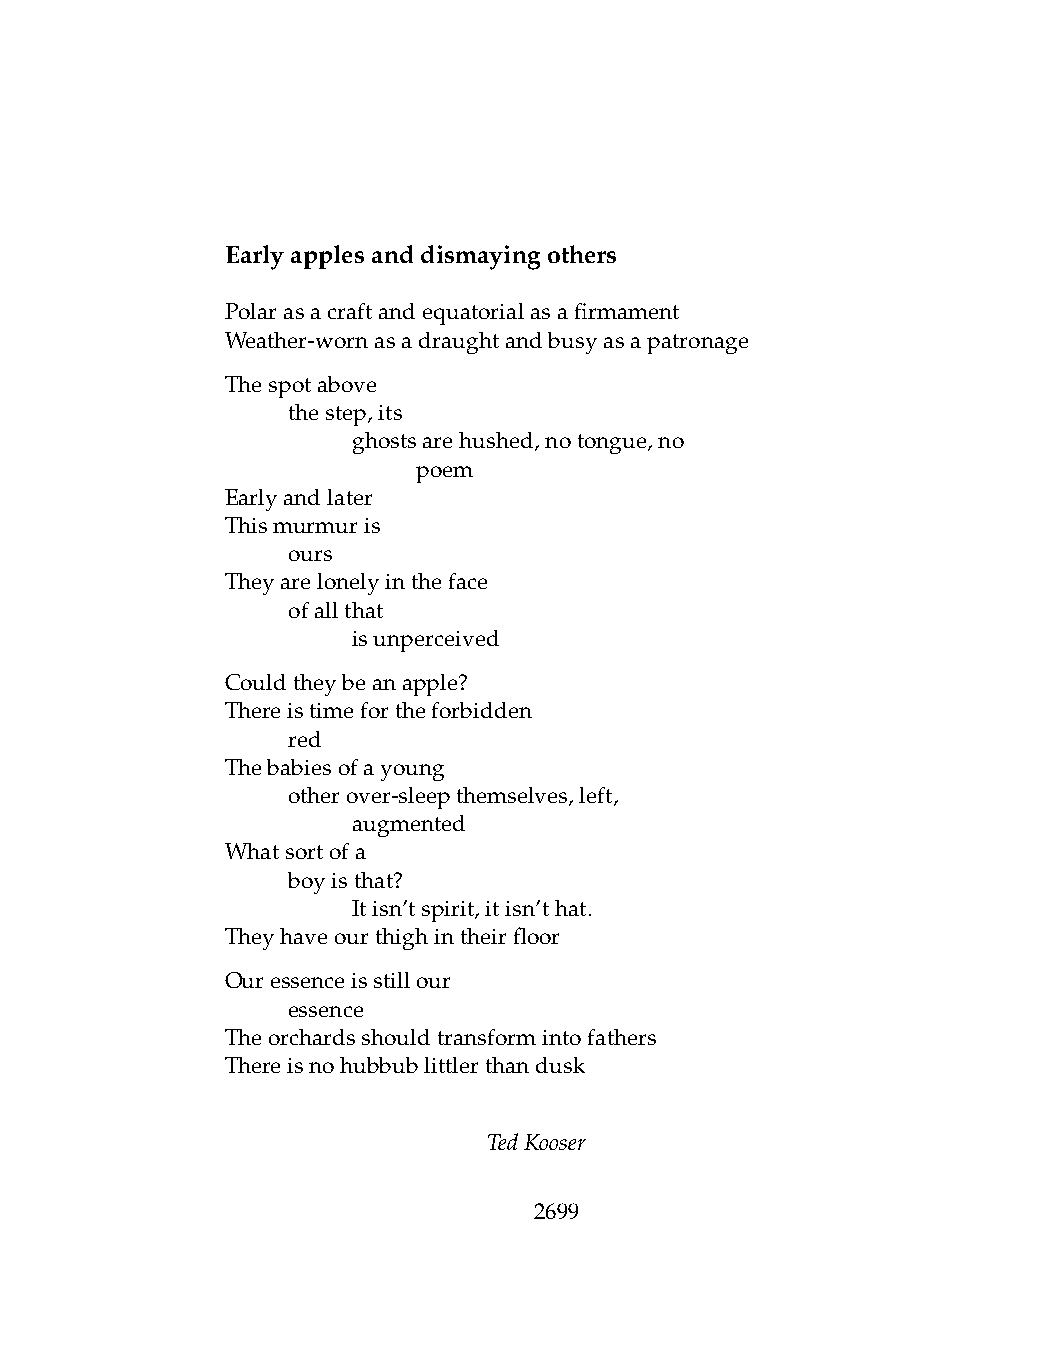
Earlyapplesanddismayingothers
 Polarasacraftandequatorialasafirmament
 Weather-wornasadraughtandbusyasapatronage
 Thespotabove
 .   thestep,its
 .   .   ghostsarehushed,notongue,no
 .   .   .    poem
 Earlyandlater
 Thismurmuris
 .   ours
 Theyarelonelyintheface
 .   ofallthat
 .   .   isunperceived
 Couldtheybeanapple?
 Thereistimefortheforbidden
 .   red
 Thebabiesofayoung
 .   otherover-sleepthemselves,left,
 .   .   augmented
 Whatsortofa
 .   boyisthat?
 .   .   Itisn’tspirit,itisn’that.
 Theyhaveourthighintheirfloor
 Ouressenceisstillour
 .   essence
 Theorchardsshouldtransformintofathers
 Thereisnohubbublittlerthandusk
 TedKooser
 2699